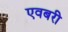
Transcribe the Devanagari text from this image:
एवबरी